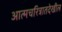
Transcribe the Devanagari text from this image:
आत्मचरित्रातदेखील